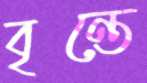
বৃন্তে